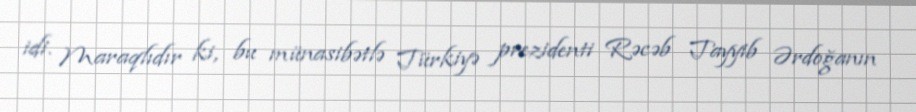
idi. Maraqlıdır ki, bu münasibətlə Türkiyə prezidenti Rəcəb Tayyib Ərdoğanın